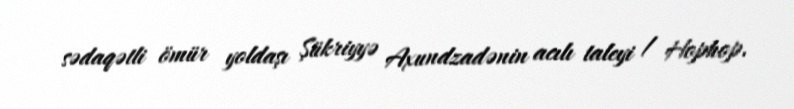
sədaqətli ömür yoldaşı Şükriyyə Axundzadənin acılı taleyi / Hophop.